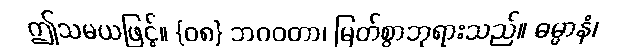
ဤသမယဖြင့်။ {၀၈} ဘဂဝတာ၊ မြတ်စွာဘုရားသည်။ ဓမ္မာနံ၊